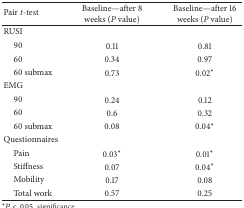
<table><thead><tr><td><b>Pair <i>t</i>-test</b></td><td><b>Baseline—after 8 weeks (<i>P</i> value)</b></td><td><b>Baseline—after 16 weeks (<i>P</i> value)</b></td></tr></thead><tbody><tr><td>RUSI</td><td> </td><td> </td></tr><tr><td> 90</td><td>0.11</td><td>0.81</td></tr><tr><td> 60</td><td>0.34</td><td>0.97</td></tr><tr><td> 60 submax</td><td>0.73</td><td>0.02*</td></tr><tr><td>EMG</td><td> </td><td> </td></tr><tr><td> 90</td><td>0.24</td><td>0.12</td></tr><tr><td> 60</td><td>0.6</td><td>0.32</td></tr><tr><td> 60 submax</td><td>0.08</td><td>0.04*</td></tr><tr><td>Questionnaires</td><td> </td><td> </td></tr><tr><td> Pain</td><td>0.03*</td><td>0.01*</td></tr><tr><td> Stiffness</td><td>0.07</td><td>0.04*</td></tr><tr><td> Mobility</td><td>0.17</td><td>0.08</td></tr><tr><td> Total work</td><td>0.57</td><td>0.25</td></tr></tbody></table>